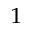
^ { 1 }